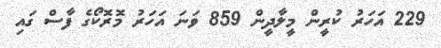
229 އަހަރު ކުރީން މީލާދީން 859 ވަނަ އަހަރު މޮރޮކޯގެ ފާސް ގައި